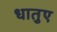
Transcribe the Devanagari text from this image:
धातुए